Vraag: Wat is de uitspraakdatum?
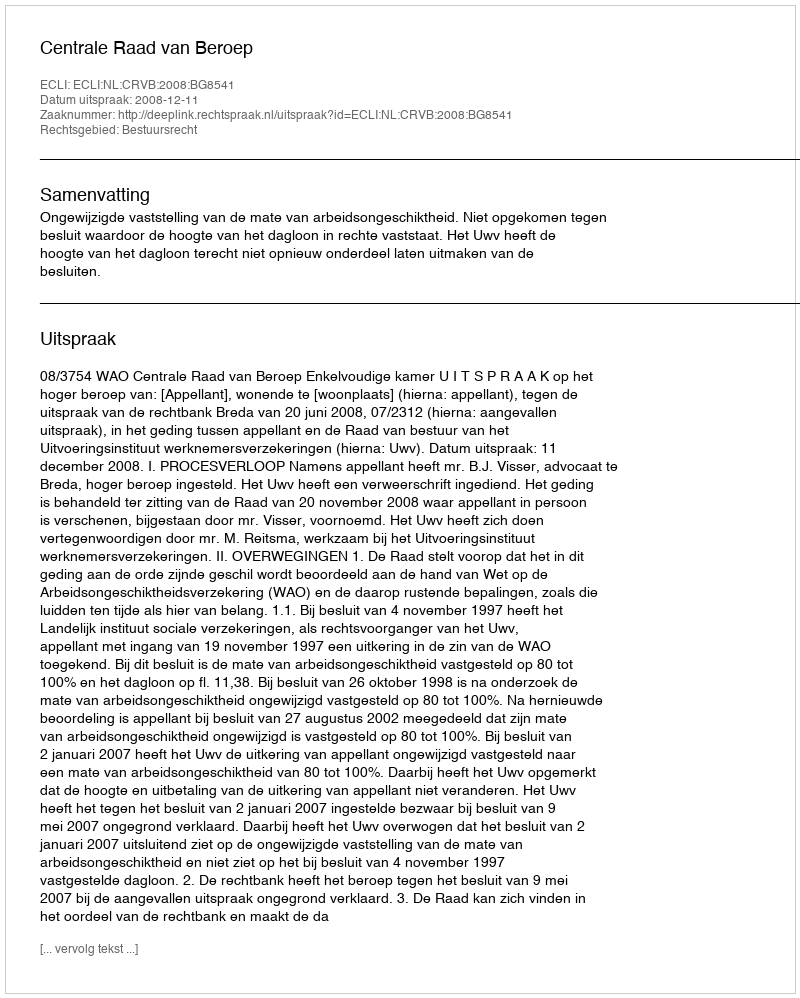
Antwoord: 2008-12-11